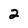
Character: 2